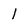
Character: i